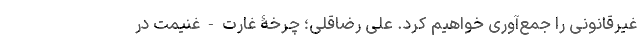
غیرقانونی را جمع‌آوری خواهیم کرد. علی رضاقلی؛ چرخۀ غارت - غنیمت در